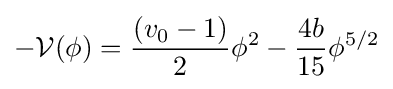
-{\mathcal {V}}(\phi )={\frac {(v_{0}-1)}{2}}\phi ^{2}-{\frac {4b}{15}}\phi ^{5/2}